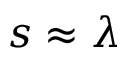
s \approx \lambda